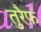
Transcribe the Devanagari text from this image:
तुरैफ़